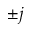
\pm j